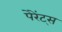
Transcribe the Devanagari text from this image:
पेरेंट्स